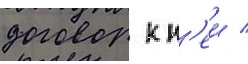
договор к н'еи /